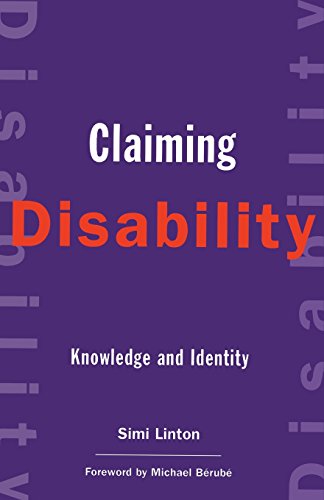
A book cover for Claiming Disability: Knowledge and Identity (Cultural Front); Simi Linton; Health, Fitness & Dieting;